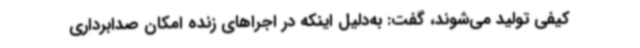
کیفی تولید می‌شوند، گفت: به‌دلیل اینکه در اجراهای زنده امکان صدابرداری